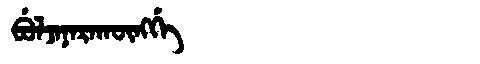
Manchu: ᠪᡠᠯᠵᠠᠨᠠᡵᠠᡴᡡᠩᡤᡝ
Romanization: BULJANARAKŪNGGE